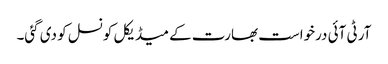
آر ٹی آئی درخواست بھارت کے میڈیکل کونسل کو دی گئی۔